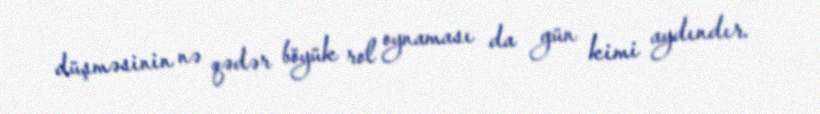
düşməsinin nə qədər böyük rol oynaması da gün kimi aydındır.